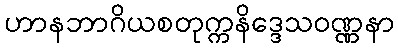
ဟာနဘာဂိယစတုက္ကနိဒ္ဒေသဝဏ္ဏနာ